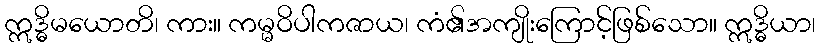
ဣဒ္ဓိမယောတိ၊ ကား။ ကမ္မဝိပါကဇာယ၊ ကံ၏အကျိုးကြောင့်ဖြစ်သော။ ဣဒ္ဓိယာ၊